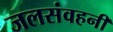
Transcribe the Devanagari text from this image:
जलसंवहनी